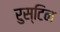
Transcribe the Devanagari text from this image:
रुस्टिन